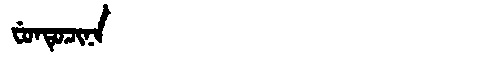
Manchu: ᠸᡠᠨᡨᡠᠴᡳᠨᠠ
Romanization: FUNTUCINA